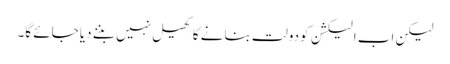
لیکن اب الیکشن کو دولت بنانے کا کھیل نہیں بننے دیا جائے گا۔